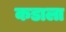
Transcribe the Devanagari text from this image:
कडाला